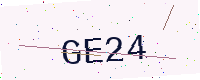
Text: GE24